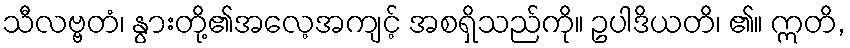
သီလဗ္ဗတံ၊ နွားတို့၏အလေ့အကျင့် အစရှိသည်ကို။ ဥပါဒိယတိ၊ ၏။ ဣတိ,